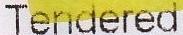
TENDERED